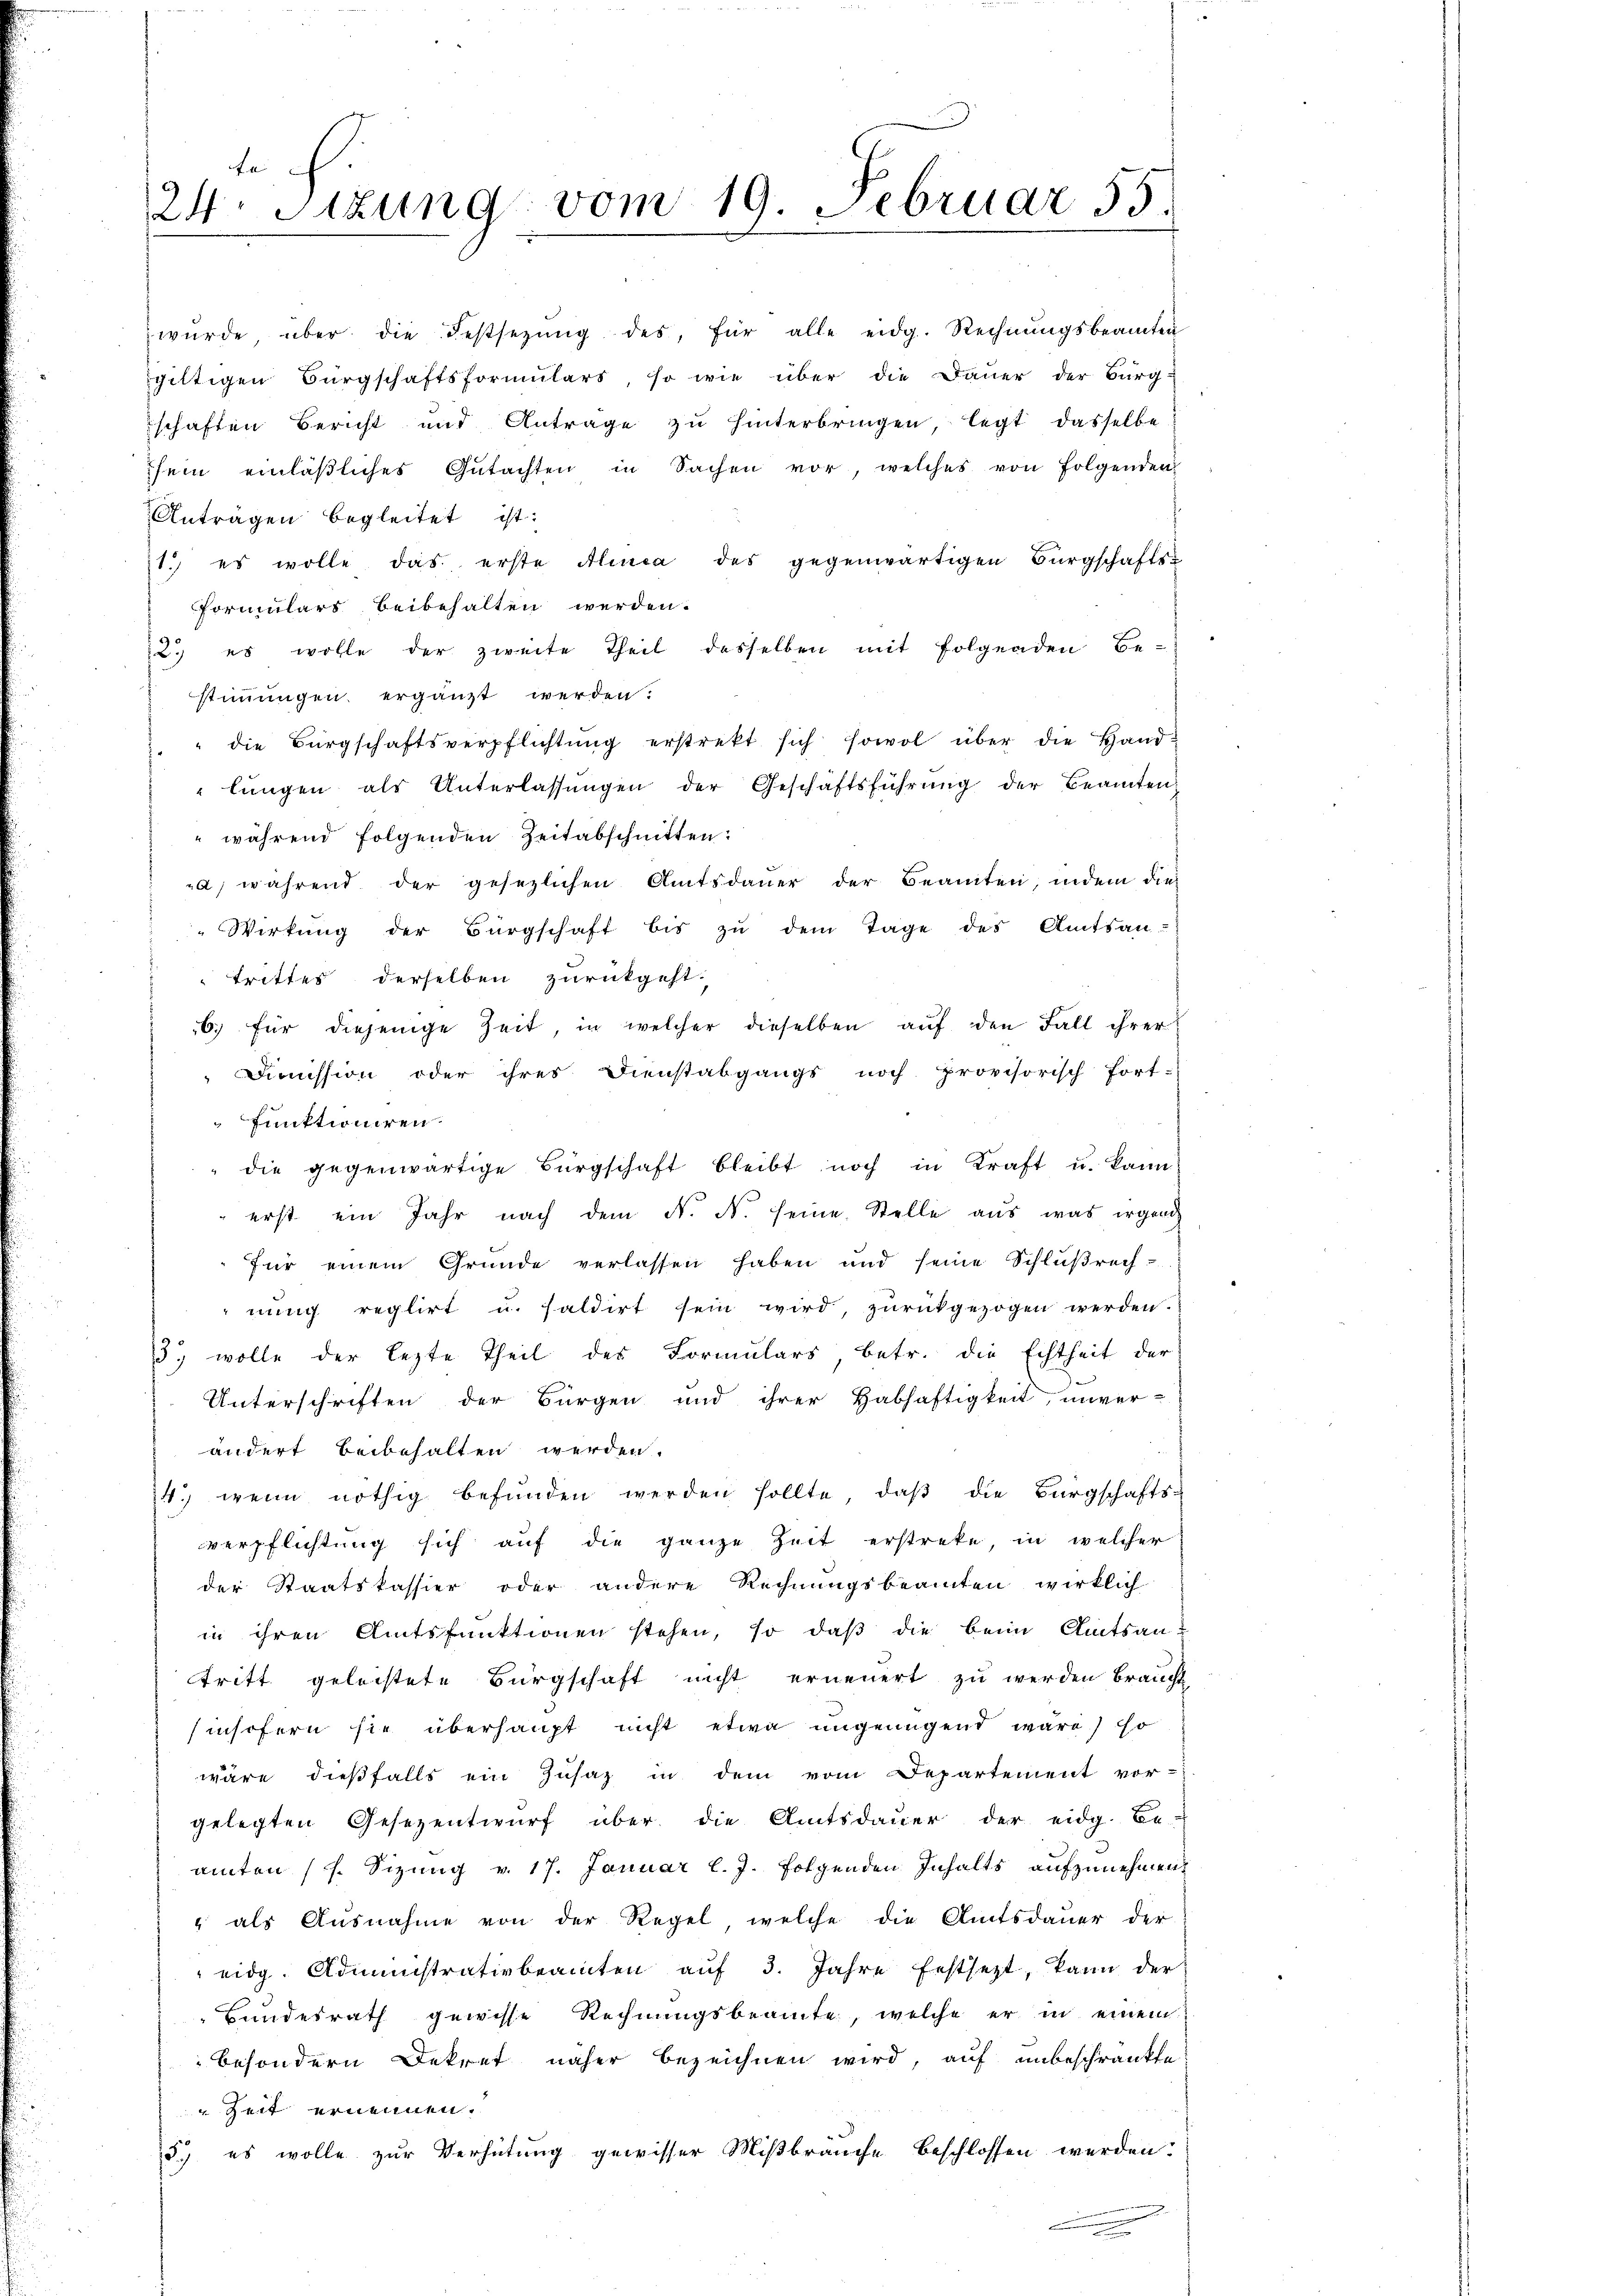
fe
24. Sitzung vom 19. Februar 55.

wŭrde, über die Festsezŭng des, für alle eidg. Rechnŭngsbeamten
giltigen Bürgschaftsformulars so wie über die Dauer der Bürg-
schaften Bericht und Antrage zŭ hinterbringen, legt dasselbe
sein einläßliches Gutachten in Sachen vor, welches von Folgenden
Anträgen begleitet ist:
1. es wolle das erste Alinea des gegenwärtigen Bürgschafts-
Formulars beibehalten werden.
2.) es wolle der zweite Theil desselben mit folgenden Be-
stimmungen ergänzt werden.
" die Bürgschaftsverpflichtŭng erstrekt sich sowol über die Hand-
lŭngen als Unterlassŭngen der Geschäftsführung der Beamten
" während folgenden Zeitabschnitten:
a) während der gesezlichen Amtsdaŭer der Beamten, indem die
Wirkung der Bürgschaft bis zu dem Tage des Amtsan-
trittes derselben zurückgeht.
6) für diejenige Zeit, in welcher dieselben auf den Fall ihrer
Dimission oder ihres Dienstabgangs noch provisorisch fort-
funktioniren.
erst ein Jahr nach dem N. N. seine Stelle aŭs was irgend
für einem Grunde verlassen haben und seine Schlußrech-
nung reglirt u. saldirt sein wird, zurückgezogen werden.
3) wolle der lezte Theil des Formulars betr. die Echtheit der
Unterschriften der Bürgen und ihrer Habhaftigkeit unver-
ändert beibehalten werden.
4. wenn nöthig befŭnden werden sollte, daβ die Bürgschafts-
verpflichtung sich auf die ganze Zeit erstreke, in welcher
der Staatskassier oder andere Rechnungsbeamten wirklich
in ihren Amtsfunktionen stehen, so daß die beim Amtsantritt geleistete Bürgschaft nicht erneuert zu werden braucht
insofern sie überhaupt nicht etwa ungenügend wäre) so
wäre dießfalls ein Zusaz in dem vom Departement vor-
gelegten Gesezentwurf über die Amtsdauer der eidg. Be-
amten (s. Sizung v. 17. Januar l. J. folgenden Inhalts aufzunehmen.
" als Ausnahme von der Regel, welche die Amtsdauer der
eidg. Administrativbeamten aŭf 3. Jahre festsezt, kann der
Bundesrath gewisse Rechnungsbeamte, welche er in einem
besondern Dekret näher bezeichnen wird, auf unbeschränkte
Zeit ernennen.
5.) es wolle zur Verhütung gewisser Mißbrauche beschlossen werden.

die gegenwärtige Bürgschaft bleibt noch in Kraft u. kann